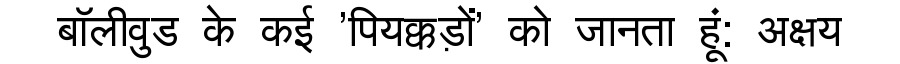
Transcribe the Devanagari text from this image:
बॉलीवुड के कई 'पियक्कड़ों' को जानता हूं: अक्षय